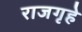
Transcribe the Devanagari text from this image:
राजगृहे